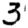
Digit: 3